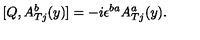
[ Q , A _ { T j } ^ { b } ( y ) ] = - i \epsilon ^ { b a } A _ { T j } ^ { a } ( y ) .